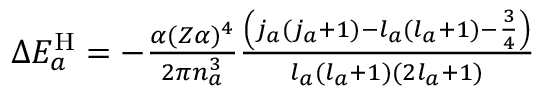
\begin{array} { r } { \Delta E _ { a } ^ { \mathrm { H } } = - \frac { \alpha ( Z \alpha ) ^ { 4 } } { 2 \pi n _ { a } ^ { 3 } } \frac { \left( j _ { a } ( j _ { a } + 1 ) - l _ { a } ( l _ { a } + 1 ) - \frac { 3 } { 4 } \right) } { l _ { a } ( l _ { a } + 1 ) ( 2 l _ { a } + 1 ) } } \end{array}